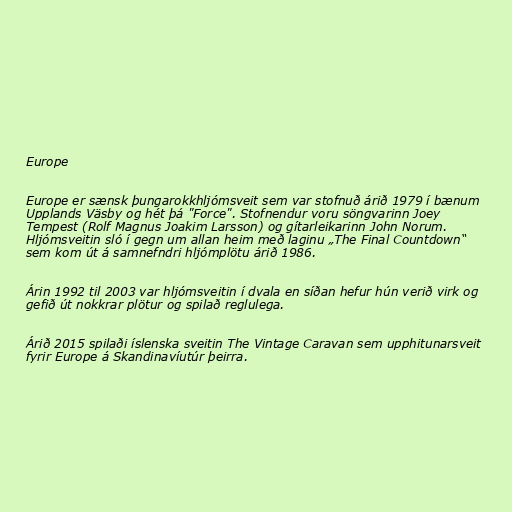
Europe

Europe er sænsk þungarokkhljómsveit sem var stofnuð árið 1979 í bænum
Upplands Väsby og hét þá "Force". Stofnendur voru söngvarinn Joey
Tempest (Rolf Magnus Joakim Larsson) og gítarleikarinn John Norum.
Hljómsveitin sló í gegn um allan heim með laginu „The Final Countdown“
sem kom út á samnefndri hljómplötu árið 1986.

Árin 1992 til 2003 var hljómsveitin í dvala en síðan hefur hún verið virk og
gefið út nokkrar plötur og spilað reglulega.

Árið 2015 spilaði íslenska sveitin The Vintage Caravan sem upphitunarsveit
fyrir Europe á Skandinavíutúr þeirra.